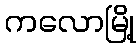
ကလောမြို့